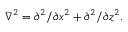
\nabla ^ { 2 } = \partial ^ { 2 } / \partial x ^ { 2 } + \partial ^ { 2 } / \partial z ^ { 2 } .